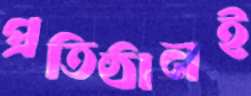
প্রতিষ্ঠানই